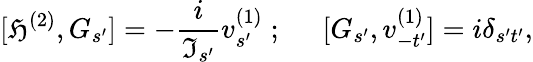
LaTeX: {[\mathfrak{H}^{(2)},G_{s^{\prime}}]}=-\frac{{i}}{{\Im_{s^{\prime}}}}v_{s^{\prime}}^{(1)}\; ;\; \; \; \; \; {[G_{s^{\prime}},v_{-t^{\prime}}^{(1)}]}=i\delta_{s^{\prime}t^{\prime}},